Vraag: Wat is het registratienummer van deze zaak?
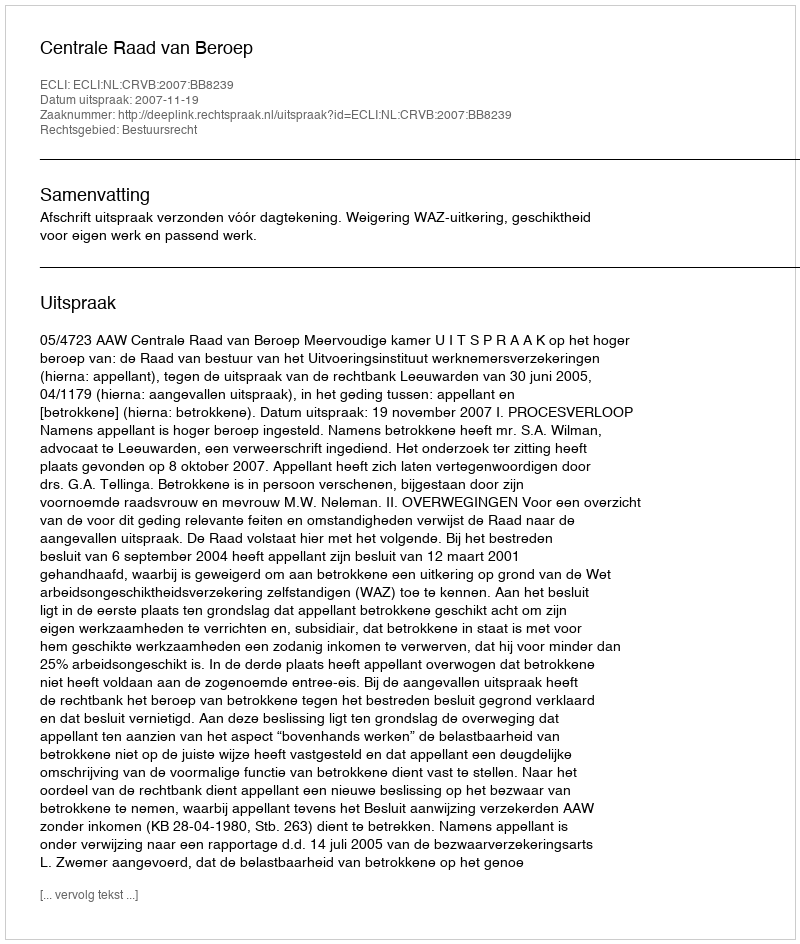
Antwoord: http://deeplink.rechtspraak.nl/uitspraak?id=ECLI:NL:CRVB:2007:BB8239